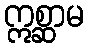
ဣစ္ဆာမ